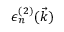
\epsilon _ { n } ^ { ( 2 ) } ( \vec { k } )